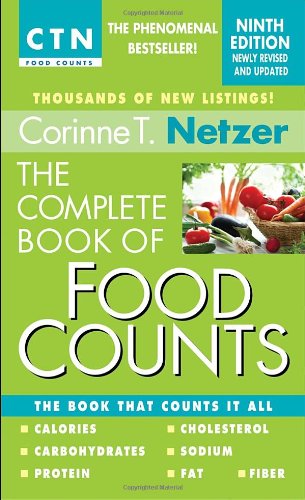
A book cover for The Complete Book of Food Counts, 9th Edition: The Book That Counts It All; Corinne T. Netzer; Health, Fitness & Dieting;